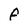
Character: F